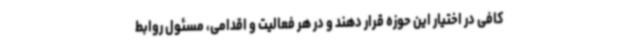
کافی در اختیار این حوزه قرار دهند و در هر فعالیت و اقدامی، مسئول روابط